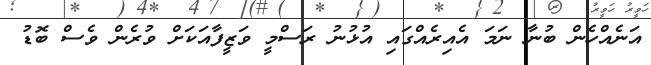
އަނެއްހެން ބުނާ ނަމަ އެއިރެއްގައި އުޅުނު ރަސްމީ ވަޒީފާއަކަށް ވުރެން ވެސް ބޮޑު